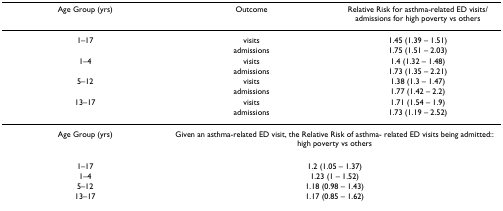
| Age Group (yrs) | Outcome | Relative Risk for asthma-related ED visits/admissions for high poverty vs others |
 | --- | --- | --- |
 | 1–17 | visits | 1.45 (1.39 – 1.51) |
 |  | admissions | 1.75 (1.51 – 2.03) |
 | 1–4 | visits | 1.4 (1.32 – 1.48) |
 |  | admissions | 1.73 (1.35 – 2.21) |
 | 5–12 | visits | 1.38 (1.3 – 1.47) |
 |  | admissions | 1.77 (1.42 – 2.2) |
 | 13–17 | visits | 1.71 (1.54 – 1.9) |
 |  | admissions | 1.73 (1.19 – 2.52) |
 | Age Group (yrs) | <COLSPAN=2> Given an asthma-related ED visit, the Relative Risk of asthma- related ED visits being admitted:: high poverty vs others |
 | 1–17 | <COLSPAN=2> 1.2 (1.05 – 1.37) |
 | 1–4 | <COLSPAN=2> 1.23 (1 – 1.52) |
 | 5–12 | <COLSPAN=2> 1.18 (0.98 – 1.43) |
 | 13–17 | <COLSPAN=2> 1.17 (0.85 – 1.62) |